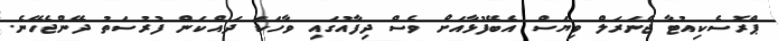
ޕްރޮސެކިއުޓާ ޖެނަރަލް ވިޔަސް އެބޭފުޅާއަށް ވެސް ދިފާއުގައި ވާހަކަ ދައްކަން ފުރުސަތު ދޭންޖެހޭނެ.